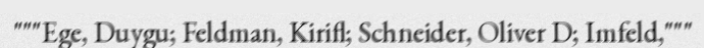
"""Ege, Duygu; Feldman, Kirifl; Schneider, Oliver D; Imfeld,"""